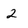
Character: 2